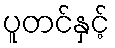
ပူတင်နှင့်